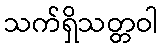
သက်ရှိသတ္တဝါ